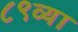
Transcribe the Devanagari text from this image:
८९व्या